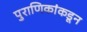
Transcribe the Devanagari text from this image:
पुराणिकांकडून